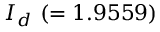
{ \cal I } _ { d } ~ ( = 1 . 9 5 5 9 )